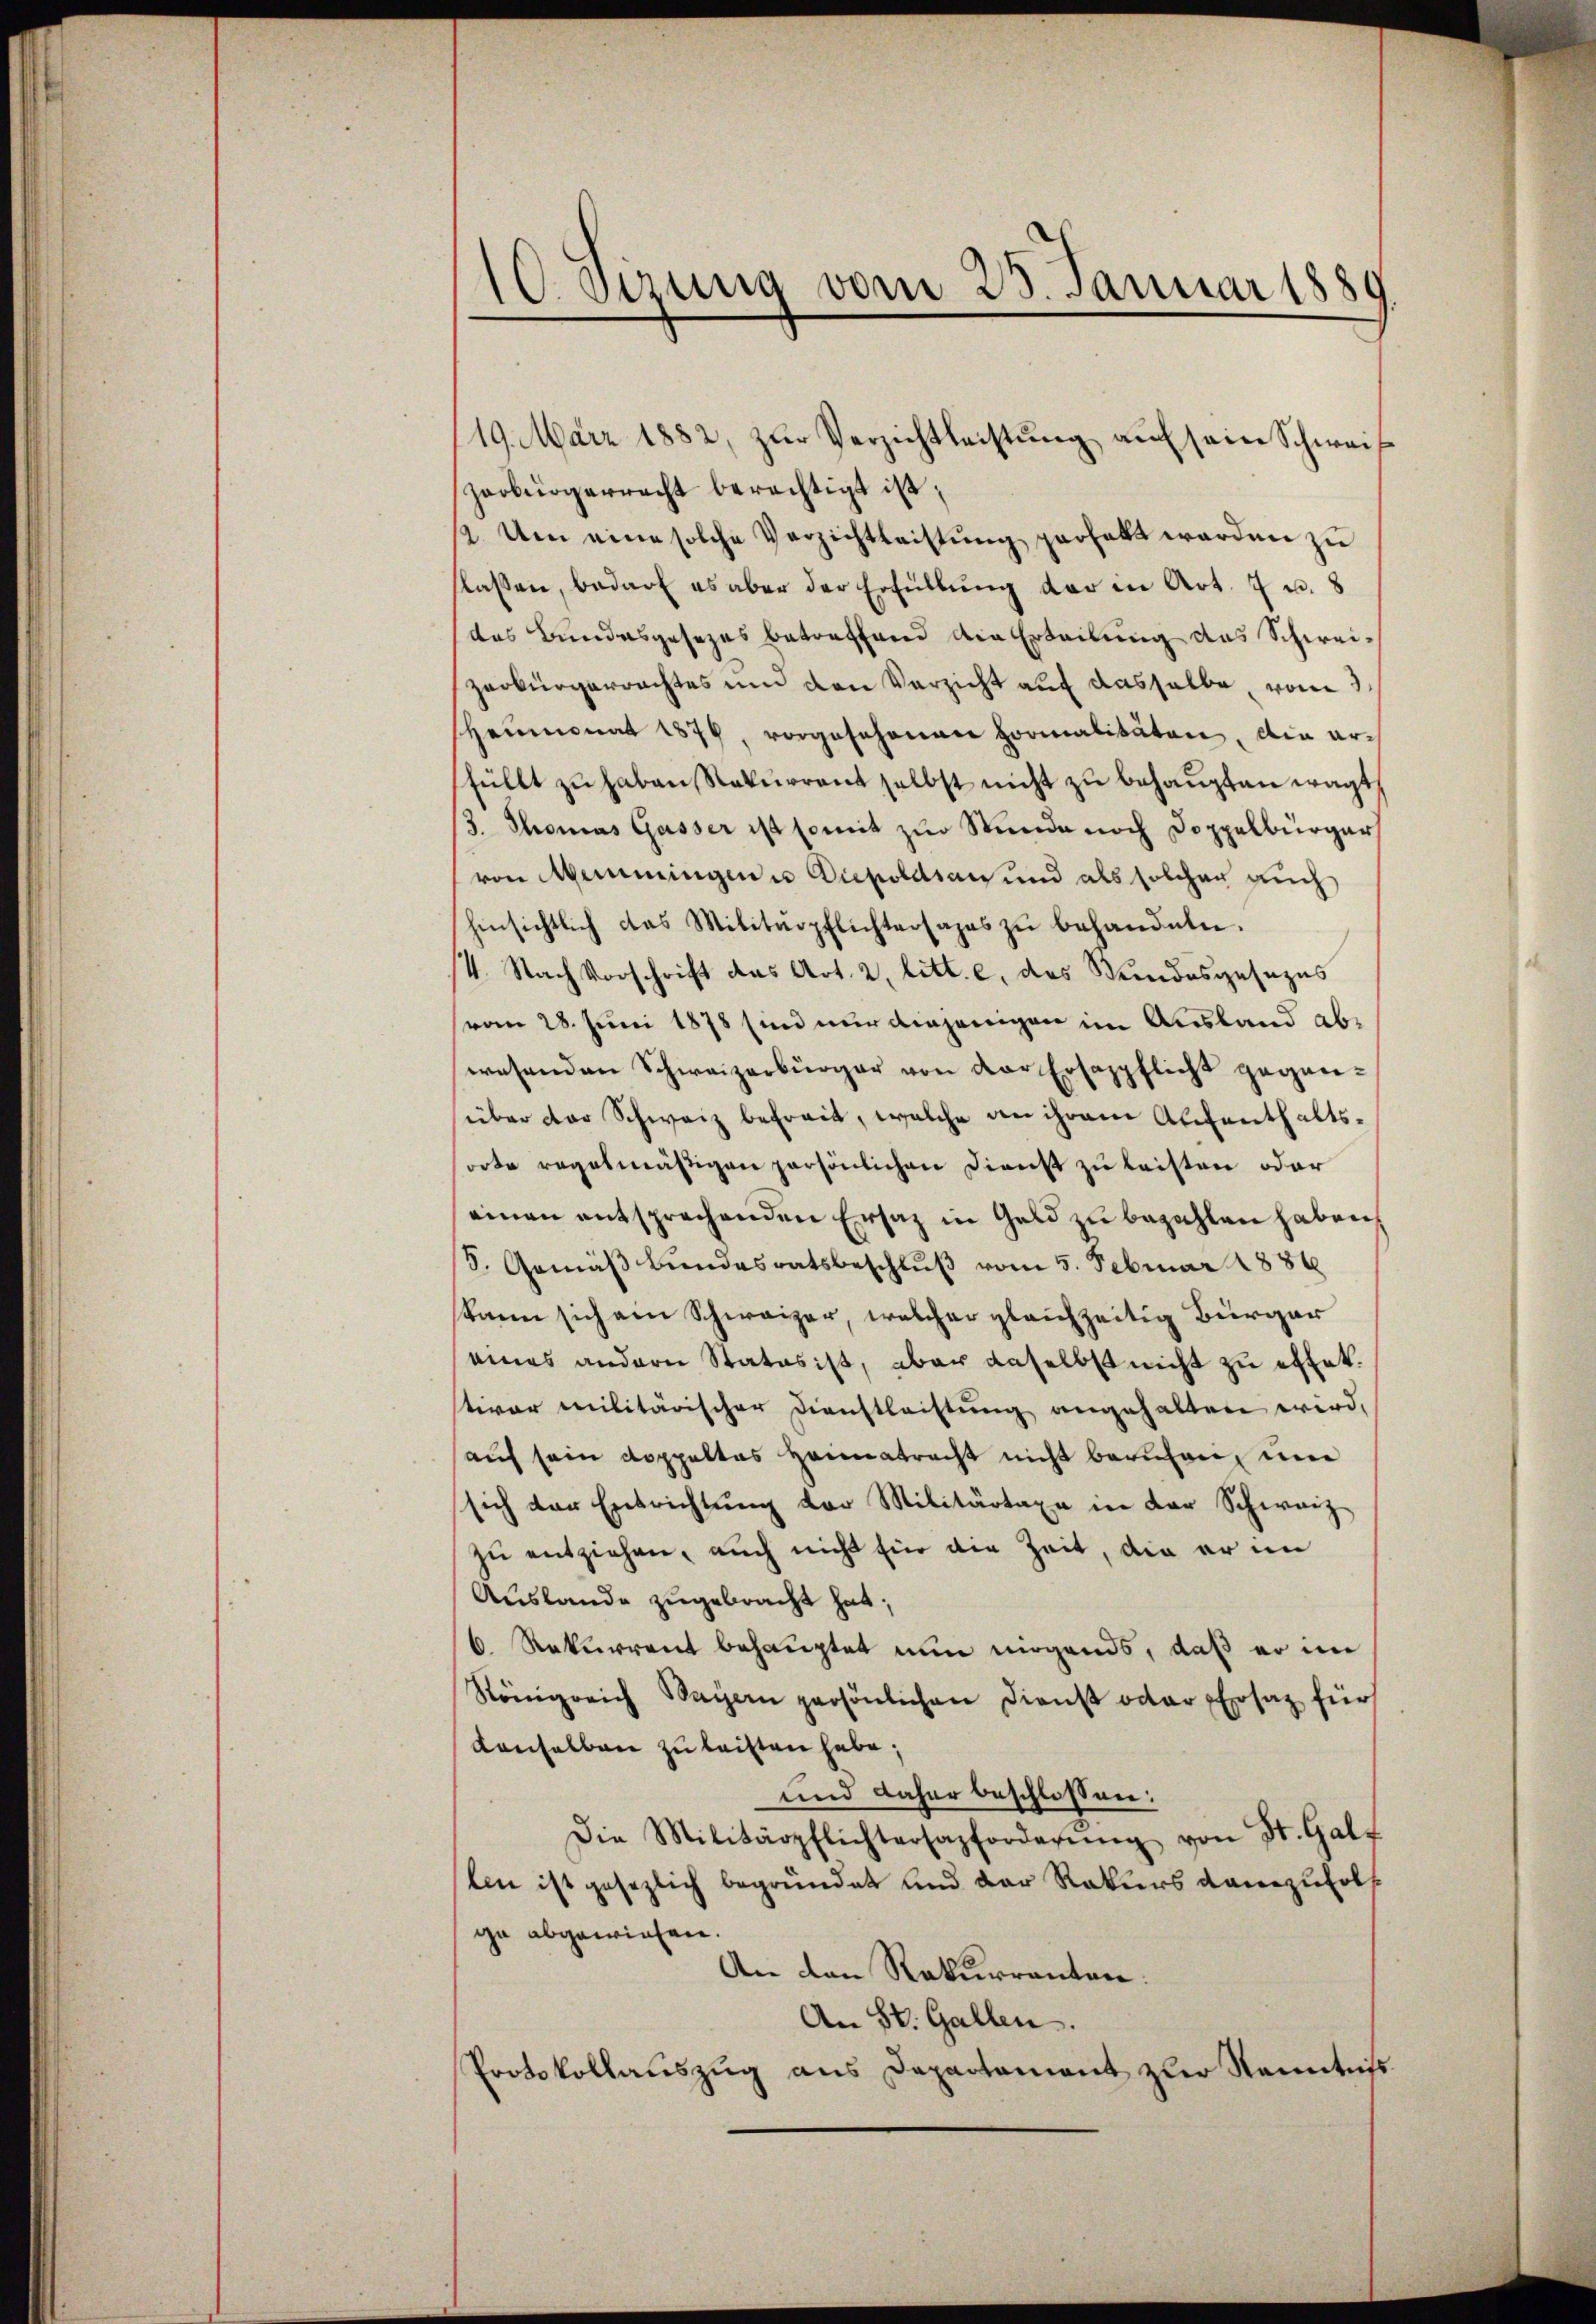
10. Sizung vom 25. Januar 1889

19. März 1882, zur Verzichtleistung auf sein Schweis
zerbürgerrecht berechtigt ist;
12. Um eine solche Verzichtleistung verhalt werden zu
lassen, bedarf es aber der Erfüllŭng der in Art. 7 u. 8
das Bundesgesezes betreffend die Erteilung das Schweizerbürgerrachtes und den Verzicht auf dasselbe, vom 3.
sheimonat 1874, vorgesehenen hormalitäten, die erfüllt zŭ haben, Rekurrent selbst nicht zu behaupten wagt,
3. Thomas Gasser ist somit zur Stunde noch Doppelbürger
von Memmingen u. Diepoldian und als solcher auch
hinsichtlich das Militärpflichtersages zŭ behandeln.
/4. Nach Vorschrift das Art. 2, litt. c, des Kindesgesezes
(vom 28. Juni 1878 sind nur diejenigen im Ausland abwesenden Schweizerbürger von der Ersappflicht geganüber der Schweiz befreit, welche an ihrem Aufenthaltsorte regelmäßigen persönlichen Dienst zu leisten oder
einen entsprechenden Ersatz in Geld zu bezahlen haben,
5. Gemäß Bundesratsbeschlŭβ vom 5. Februar 1886.
kann sich am Schweizer, welcher gleichzeitig Bürger
eines andern Status ist, aber daselbst nicht zu extet.
tiver militärischer Dienstleistung angehalten wird,
aŭf sein Koppeltes Heimatracht nicht beruhen, um
sich der Entrichtŭng vor Militärtaxe in der Schwarz
zu entziehen, auch nicht für die Zeit, die er im
Auslande zugebracht hat;
6 Rekurrent behauptet nun nirgends, daß er im
Königreich Bayern persönlichen Dienst oder Ersatz für
denselben zu leisten habe;
und daher beschlossen:
Die Militärpflichtersazforderŭng von St. Galt
len ist gesezlich begründet und der Rekurs danezuholf
ga abgewiesen.
An den Rekurrenten:
An St. Gallen.
Protokollauszug aus Depactamiant zur Kenntniß.